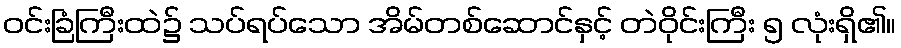
ဝင်းခြံကြီးထဲ၌ သပ်ရပ်သော အိမ်တစ်ဆောင်နှင့် တဲဝိုင်းကြီး ၅ လုံးရှိ၏။